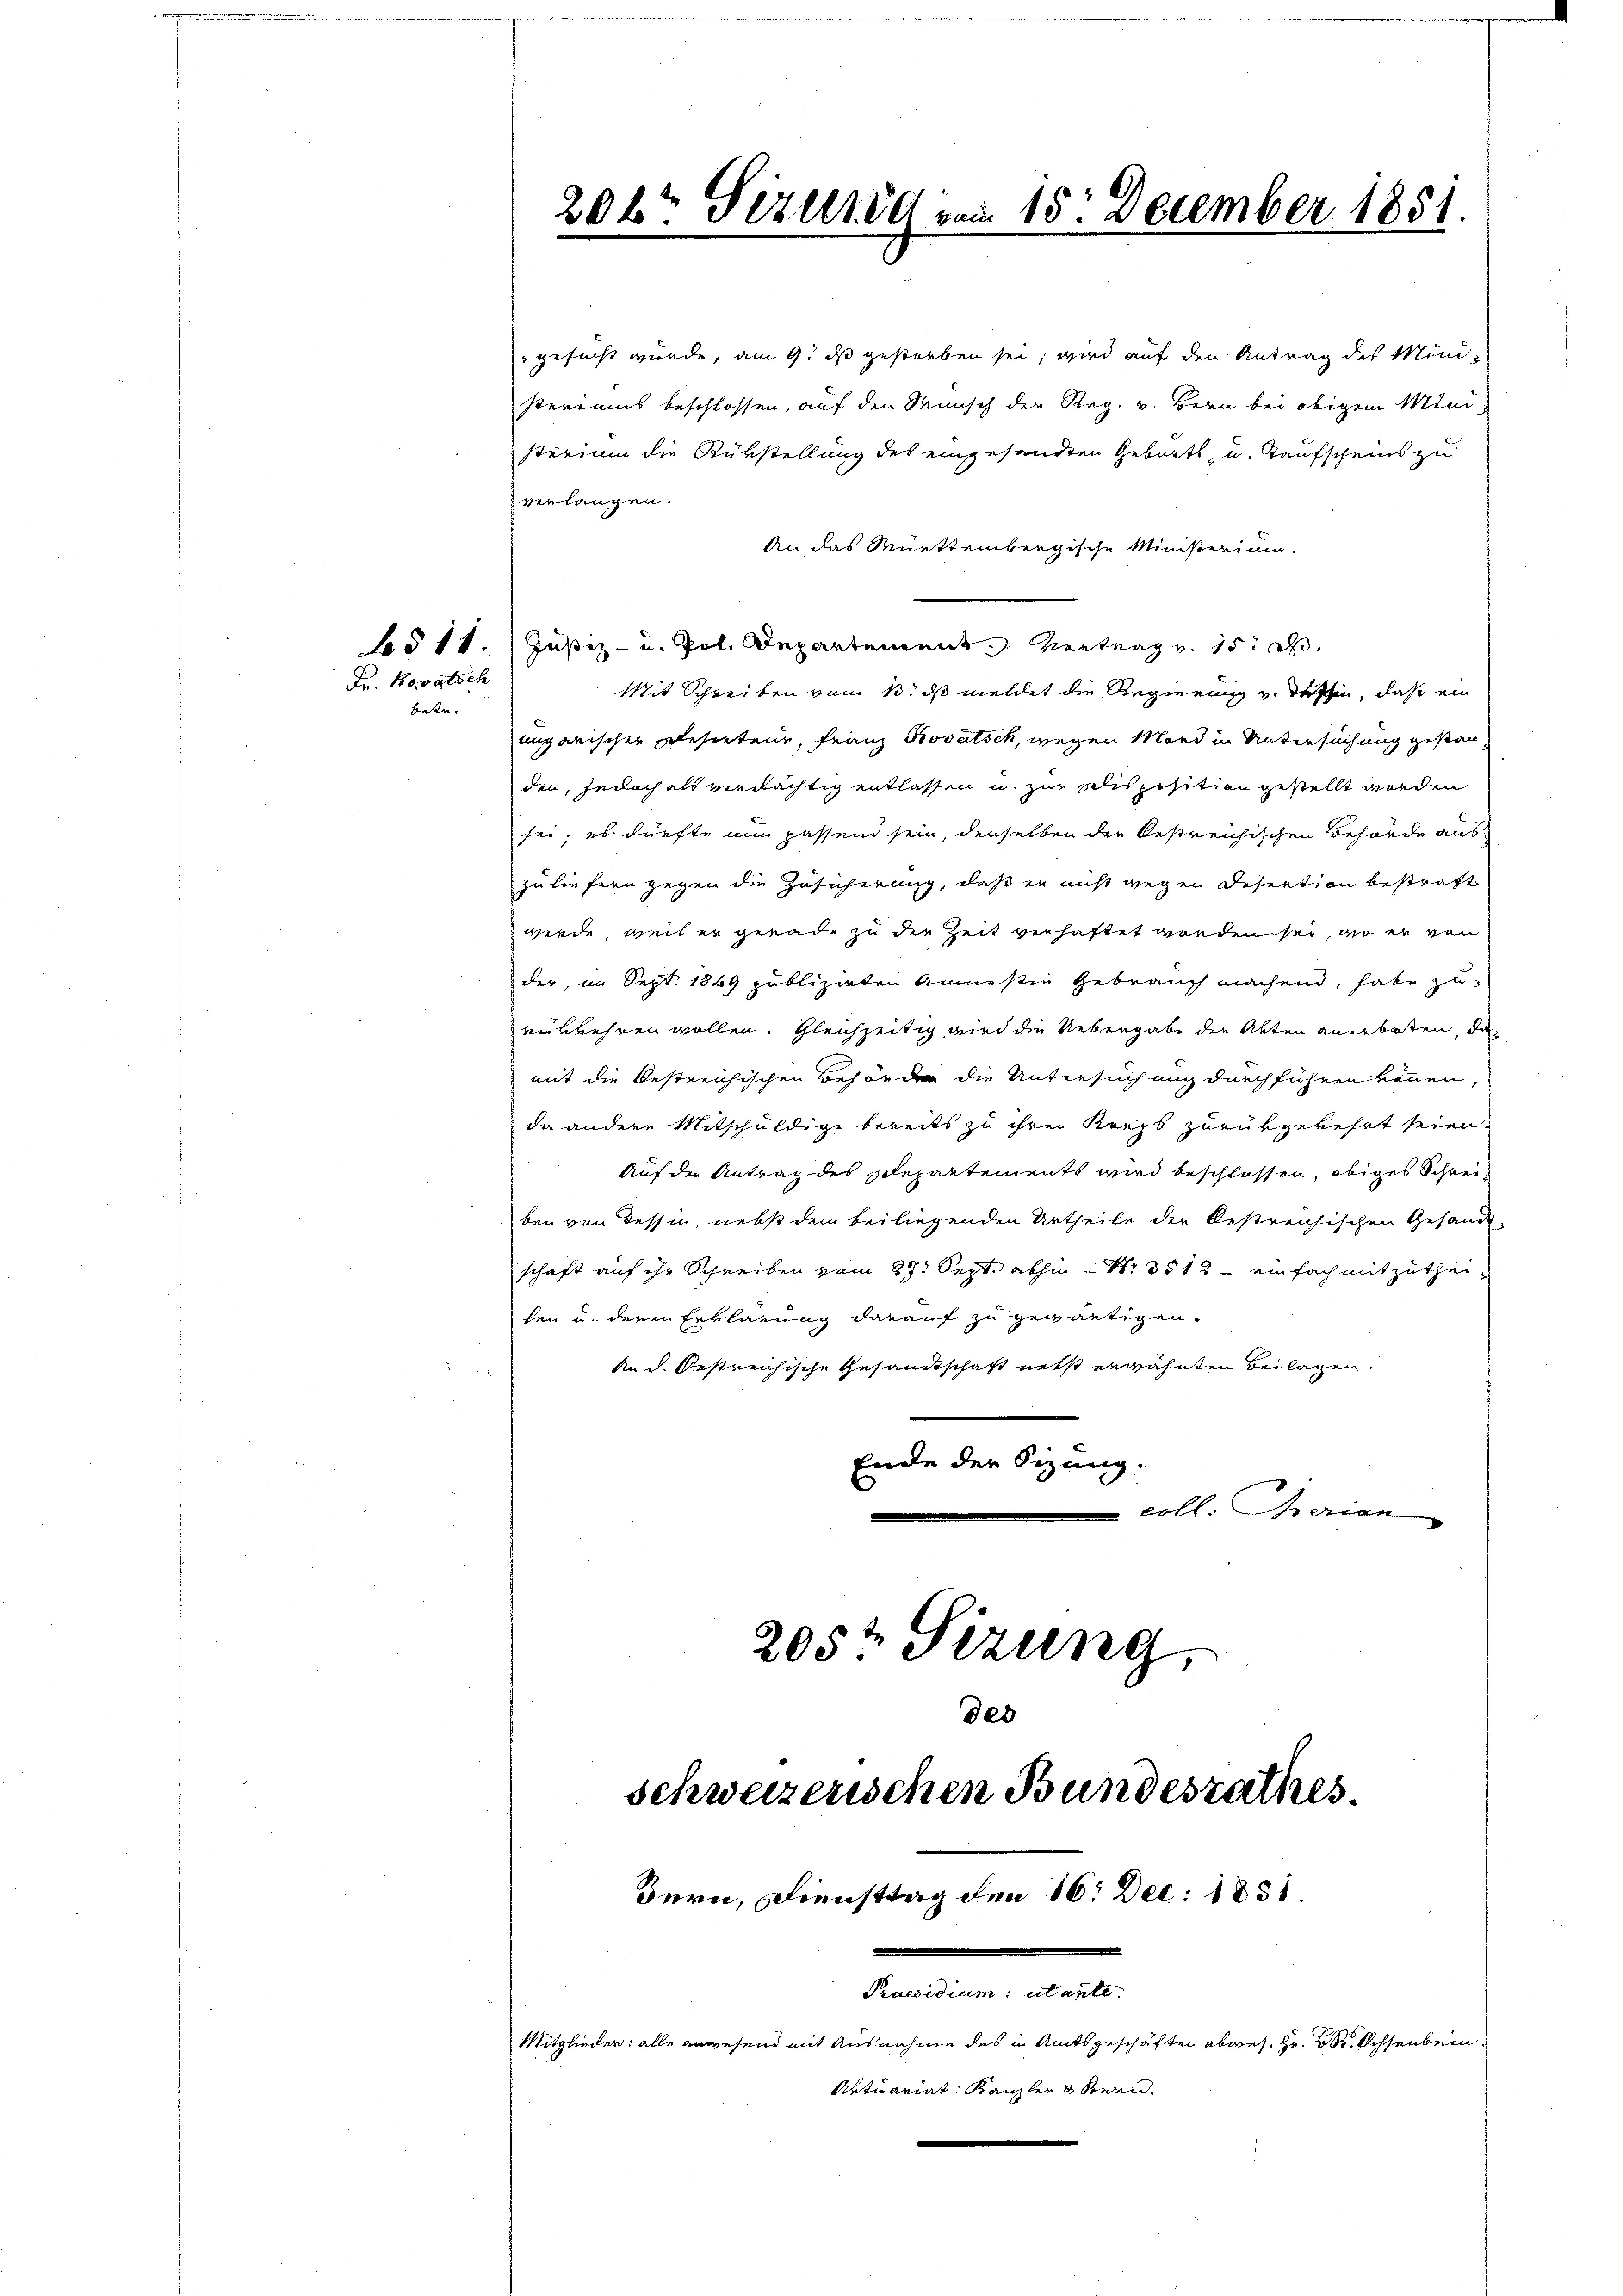
Fr. Kovatsch

bete.

gesucht wurde, am 9. ds gestorben sei, wird auf den Antrag des Ministeriums beschlossen, auf den Wunsch der Reg. v. Bern bei obigem Ministerium die Rükstellung des eingesandten Gebrats- u. Taufscheins zu
verlangen.
An das Muettembergische Ministerium.
§ 11. Justiz- u. Pol. Departement. Vortrag v. 15. d.
Mit Schreiben vom 13. ds meldet die Regierung u. dassen, daß ein
angarischen Wesenteur, Franz Kovatsch, wegen Mord in Untersuchung gestanden, jedoch als verdächtig entlassen u. zur Disposition gestellt worden
sei; es dürfte nun passend sein, denselben die bestreichischen Behörde auszuliefern gegen die Zusicherung, daß er nicht wegen Desection bestraft
werde, weil er gerade zu der Zeit verhaftet worden sei, wo er von
der, im Sept. 1849 publizirten Annestie Gebrauch machend, habe zu-
rükkehren wollen. Gleichzeitig wird die Uebergabe der Akten anerboten, da
mit die bestreichischen Behörder die Untersuchung durchführen können,
da andere Mitschuldige bereits zu ihrer Korps zurükgekehrt seien.
Auf den Antrag des Repartements wird beschlossen, obiges Schreiben von dessen, nebst dem beiliegenden Urtheile der Oestreichischen Gesandt-
schaft auf ihr Schreiben vom 27. Sept. abhin Nr. 3512 - einfach mitzutheihen u. deren Erklärung darauf zu gewärtigen.
An d. Oestreichische Gesandtschaft nebst erwähnten Beilagen.
Ende der Sizung.
coll. Marian
205te Sitzung,
des
schweizerischen Bundesrathes.
Bern, Diensttag den 16. Dec. 1831

202t Sizung vom 15. December 1851

Praesidium: utante.
Mitglieder: alle anwesend mit Ausnahme des in Amtsgeschäften abges. Hr. Dr. Ochsenbein
Aktuariat Kanzler & Stern.